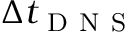
\Delta t _ { \mathrm { ~ D ~ N ~ S ~ } }